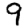
Digit: 9